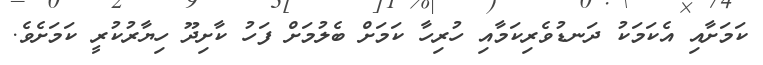
ކަމަށާއި އެކަމަކު ދަނޑުވެރިކަމާއި ހުރިހާ ކަމަށް ބެލުމަށް ފަހު ކާށިދޫ ހިޔާރުކުރީ ކަމަށެވެ.